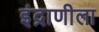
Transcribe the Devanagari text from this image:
इंद्राणीला